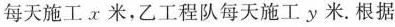
每天施工x米，乙工程队每天施工y米. 根据